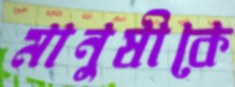
মানুষীকে